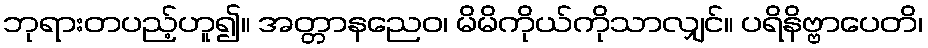
ဘုရားတပည့်ဟူ၍။ အတ္တာနညေဝ၊ မိမိကိုယ်ကိုသာလျှင်။ ပရိနိဗ္ဗာပေတိ၊